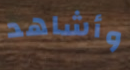
وأشاهد